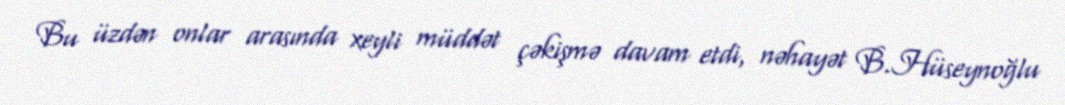
Bu üzdən onlar arasında xeyli müddət çəkişmə davam etdi, nəhayət B.Hüseynoğlu